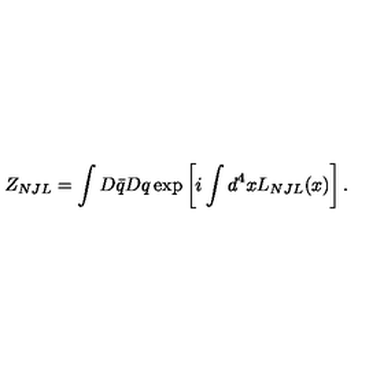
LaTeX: Z _ { N J L } = \int D \bar { q } D q \exp \left[ i \int d ^ { 4 } x L _ { N J L } ( x ) \right] .